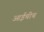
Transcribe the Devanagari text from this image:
आईचीच